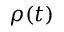
\rho ( t )